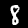
Digit: 8